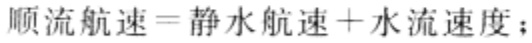
顺流航速=静水航速+水流速度；